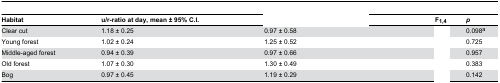
<table><thead><tr><td><b>Habitat</b></td><td><b>u/r-ratio at day, mean ± 95% C.I.</b></td><td>[EMPTY_CELL]</td><td><b>F<sub>1,4</sub></b></td><td><b><i>p</i></b></td></tr></thead><tbody><tr><td>Clear cut</td><td>1.18 ± 0.25</td><td>0.97 ± 0.58</td><td>[EMPTY_CELL]</td><td>0.098<sup>a</sup></td></tr><tr><td>Young forest</td><td>1.02 ± 0.24</td><td>1.25 ± 0.52</td><td>[EMPTY_CELL]</td><td>0.725</td></tr><tr><td>Middle-aged forest</td><td>0.94 ± 0.39</td><td>0.97 ± 0.66</td><td>[EMPTY_CELL]</td><td>0.957</td></tr><tr><td>Old forest</td><td>1.07 ± 0.30</td><td>1.30 ± 0.49</td><td>[EMPTY_CELL]</td><td>0.383</td></tr><tr><td>Bog</td><td>0.97 ± 0.45</td><td>1.19 ± 0.29</td><td>[EMPTY_CELL]</td><td>0.142</td></tr></tbody></table>